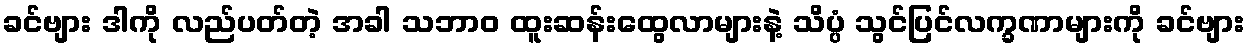
ခင်ဗျား ဒါကို လည်ပတ်တဲ့ အခါ သဘာဝ ထူးဆန်းထွေလာများနဲ့ သိပ္ပံ သွင်ပြင်လက္ခဏာများကို ခင်ဗျား